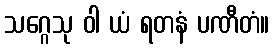
သဂ္ဂေသု ဝါ ယံ ရတနံ ပဏီတံ။